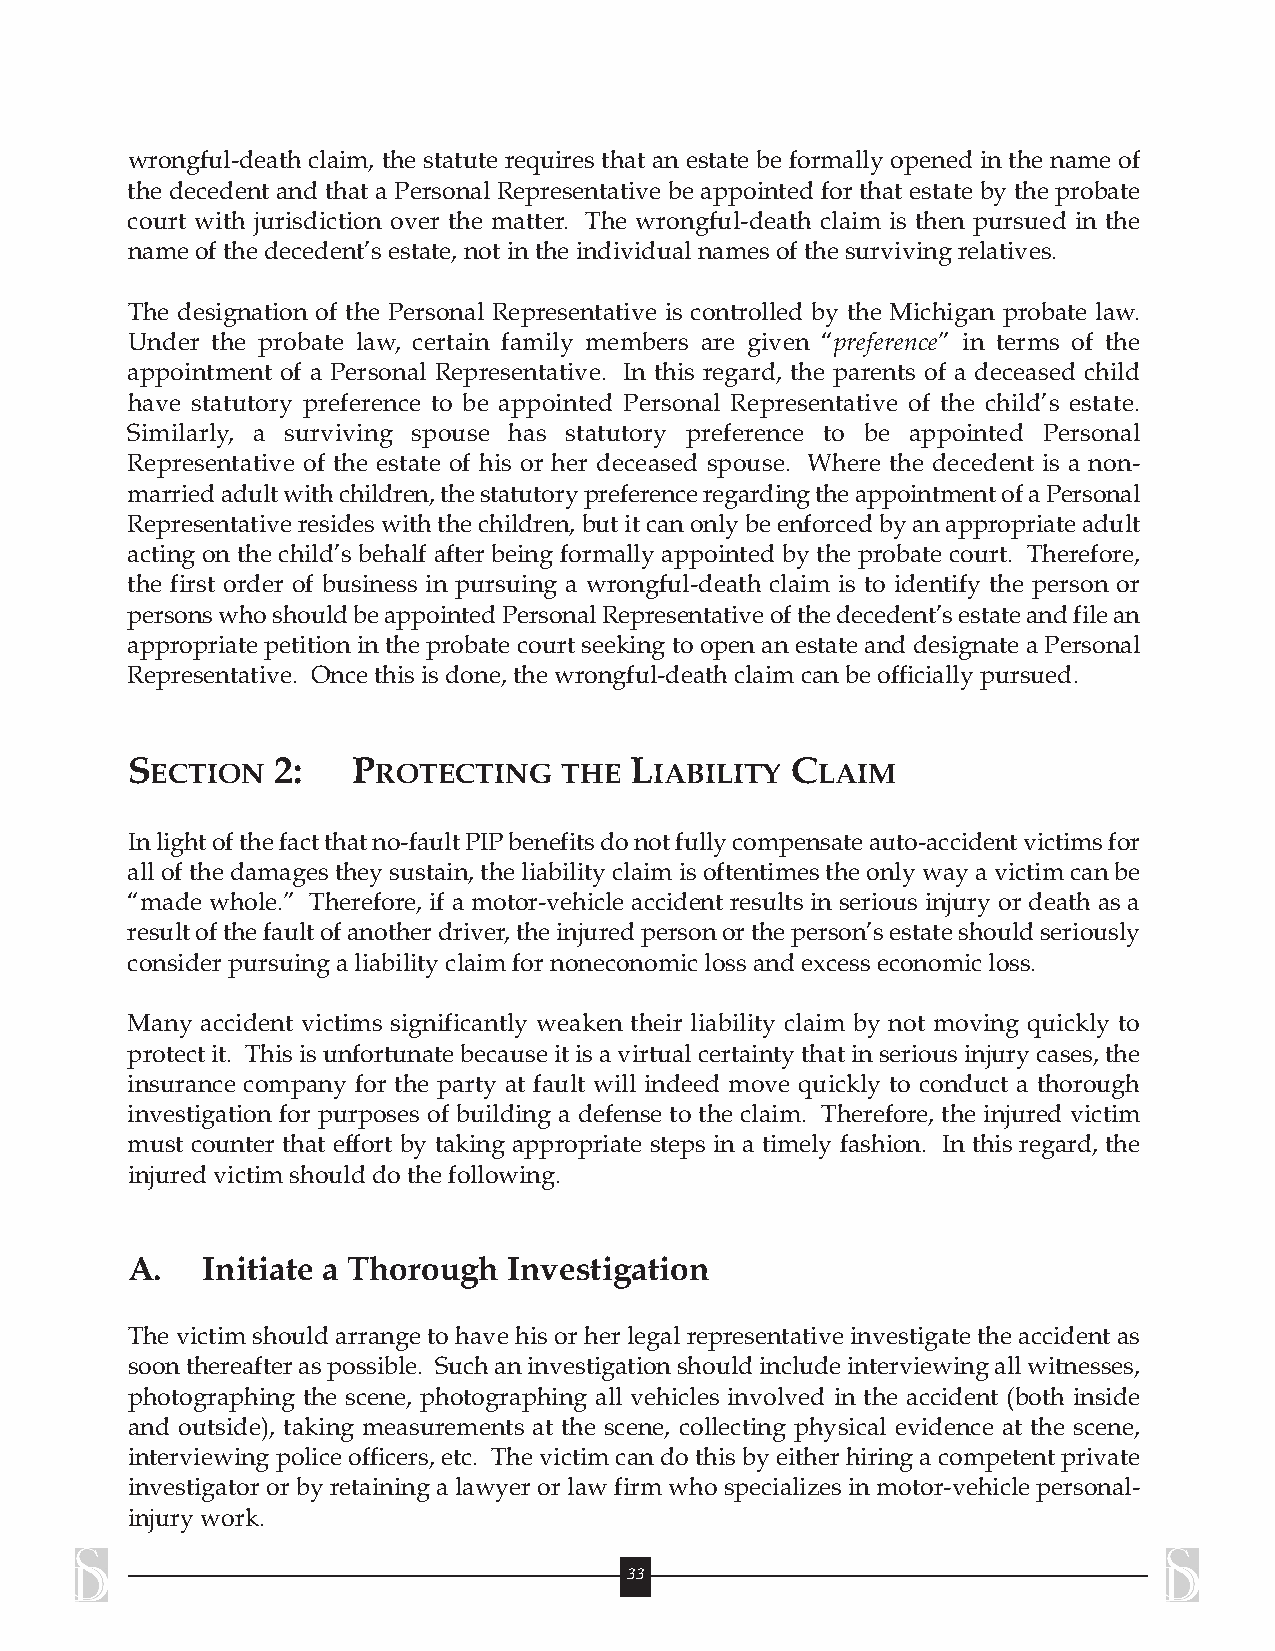
wrongful-death claim, the statute requires that an estate be formally opened in the name of
 the decedent and that a Personal Representative be appointed for that estate by the probate
 court with jurisdiction over the matter. The wrongful-death claim is then pursued in the
 nameof the decedent’sestate,not in the individualnamesofthe surviving relatives.
 The designation of the Personal Representative is controlled by the Michigan probate law.
 Under the probate law, certain family members are given “preference” in terms of the
 appointment of a Personal Representative. In this regard, the parents of a deceased child
 have statutory preference to be appointed Personal Representative of the child’s estate.
 Similarly, a surviving spouse has statutory preference to be appointed Personal
 Representative of the estate of his or her deceased spouse. Where the decedent is a non-
 marriedadultwithchildren,thestatutorypreferenceregardingtheappointmentofaPersonal
 Representativeresideswiththechildren,butitcanonlybeenforcedbyanappropriateadult
 acting on the child’s behalf after being formally appointed by the probate court. Therefore,
 the first order of business in pursuing a wrongful-death claim is to identify the person or
 personswhoshouldbeappointedPersonalRepresentativeofthedecedent’sestateandfilean
 appropriate petition in the probate court seeking to open an estate and designate a Personal
 Representative. Oncethisisdone,the wrongful-death claimcanbeofficially pursued.
 SECTION   2:   PROTECTING    THE  LIABILITY CLAIM
 Inlightofthefactthatno-faultPIPbenefitsdonotfullycompensateauto-accidentvictimsfor
 allofthedamagestheysustain,theliabilityclaimisoftentimestheonlywayavictimcanbe
 “made whole.” Therefore, if a motor-vehicle accident results in serious injury or death as a
 resultofthefaultofanotherdriver,theinjuredpersonortheperson’sestateshouldseriously
 considerpursuing aliability claimfornoneconomiclossandexcesseconomicloss.
 Many accident victims significantly weaken their liability claim by not moving quickly to
 protectit. Thisisunfortunatebecauseitisavirtualcertaintythatinseriousinjurycases,the
 insurance company for the party at fault will indeed move quickly to conduct a thorough
 investigation for purposes of building a defense to the claim. Therefore, the injured victim
 must counter that effort by taking appropriate steps in a timely fashion. In this regard, the
 injuredvictimshoulddothefollowing.
 A.   Initiate a Thorough  Investigation
 The victim should arrange to have his or her legal representative investigate the accident as
 soonthereafteraspossible. Suchaninvestigationshouldincludeinterviewingallwitnesses,
 photographing the scene, photographing all vehicles involved in the accident (both inside
 and outside), taking measurements at the scene, collecting physical evidence at the scene,
 interviewingpoliceofficers,etc. Thevictimcandothisbyeitherhiringacompetentprivate
 investigator or by retaining a lawyer or law firm who specializes in motor-vehicle personal-
 injury work.
 33